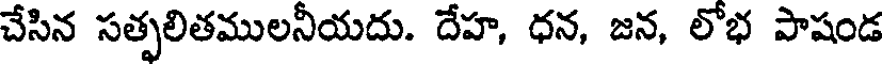
చేసిన సత్పలితములనీయదు. దేహ, ధన, జన, లోభ పాషండ